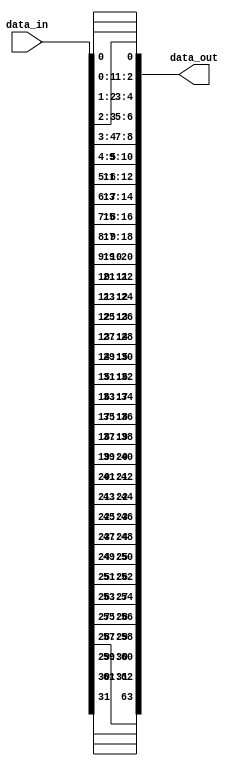
module c_replicator
  (data_in, data_out);
   
   // width of input vector
   parameter width = 32;
   
   // how many times to replicate each bit
   parameter count = 2;
   
   // input data
   input [0:width-1] data_in;
   
   // result
   output [0:count*width-1] data_out;
   wire [0:count*width-1] data_out;
   
   generate
      genvar 		  idx;
      for(idx = 0; idx < width; idx = idx + 1)
	begin:idxs
	   assign data_out[idx*count:(idx+1)*count-1] = {count{data_in[idx]}};
	end
   endgenerate
   
endmodule